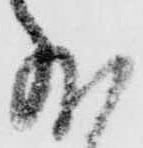
外